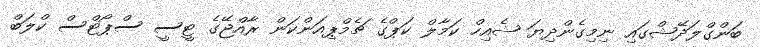
ބަންގްލަދޭޝްގައި ނިމިގެންދިޔަ ޝެއިހް ކަމާލް ކަޕްގެ ޗެމްޕިއަންކަން ރާއްޖޭގެ ޓީސީ ސްޕޯޓްސް ކްލަބް